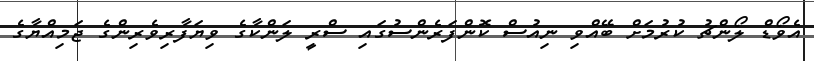
އެވޯޑް ލޯންޗު ކުރުމަށް ބޭއްވި ނިއުސް ކޮންފަރެންސުގައި ސްރީ ލަންކާގެ ވިޔަފާރިވެރިންގެ ޖަމިއްޔާގެ